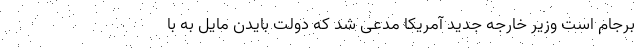
برجام است وزیر خارجه جدید آمریکا مدعی شد که دولت بایدن مایل به با